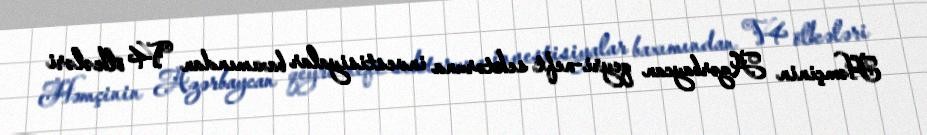
Həmçinin Azərbaycan qeyri-neft sektoruna investisiyalar baxımından V4 ölkələri